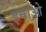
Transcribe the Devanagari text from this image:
इवाओ